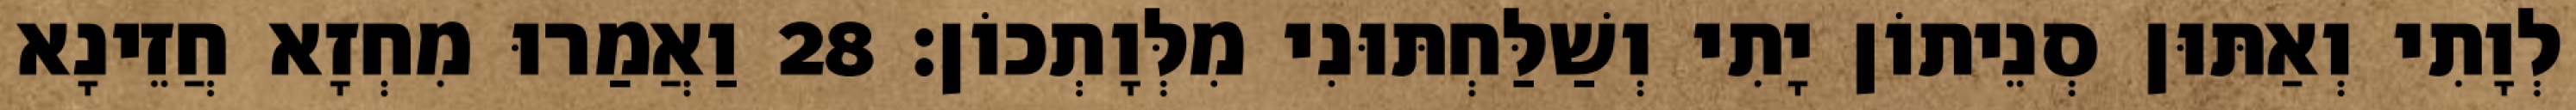
לְוָתִי וְאַתּוּן סְנֵיתוֹן יָתִי וְשַׁלַּחְתּוּנִי מִלְּוָתְכוֹן׃ 28 וַאֲמַרוּ מִחְזָא חֲזֵינָא